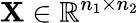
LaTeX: \mathbf{X}\in\mathbb{R}^{n_{1}\times n_{2}}